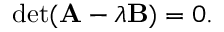
\operatorname* { d e t } ( \mathbf { A } - \lambda \mathbf { B } ) = 0 .